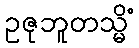
ဥဇုဘူတသ္မိံ